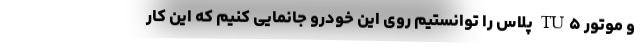
و موتور TU۵ پلاس را توانستیم روی این خودرو جانمایی کنیم که این کار